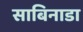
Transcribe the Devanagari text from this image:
साबिनाडा